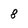
Character: 8